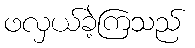
ဖလှယ်ခဲ့ကြသည်